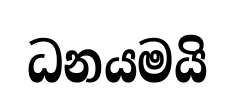
ධනයමයි